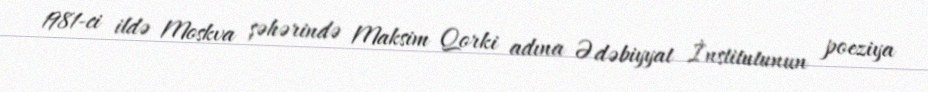
1981-ci ildə Moskva şəhərində Maksim Qorki adına Ədəbiyyat İnstitutunun poeziya